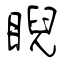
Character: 睨